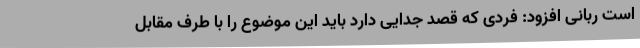
است ربانی افزود: فردی که قصد جدایی دارد باید این موضوع را با طرف مقابل